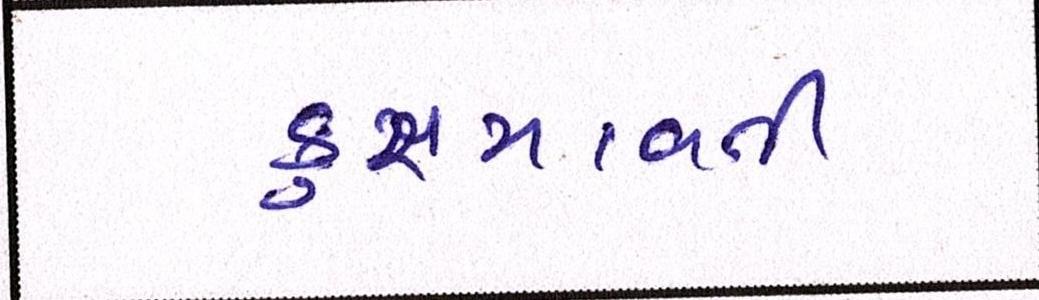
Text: કુસમાવતી